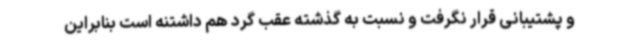
و پشتیبانی قرار نگرفت و نسبت به گذشته عقب گرد هم داشتنه است بنابراین